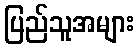
ပြည်သူအများ